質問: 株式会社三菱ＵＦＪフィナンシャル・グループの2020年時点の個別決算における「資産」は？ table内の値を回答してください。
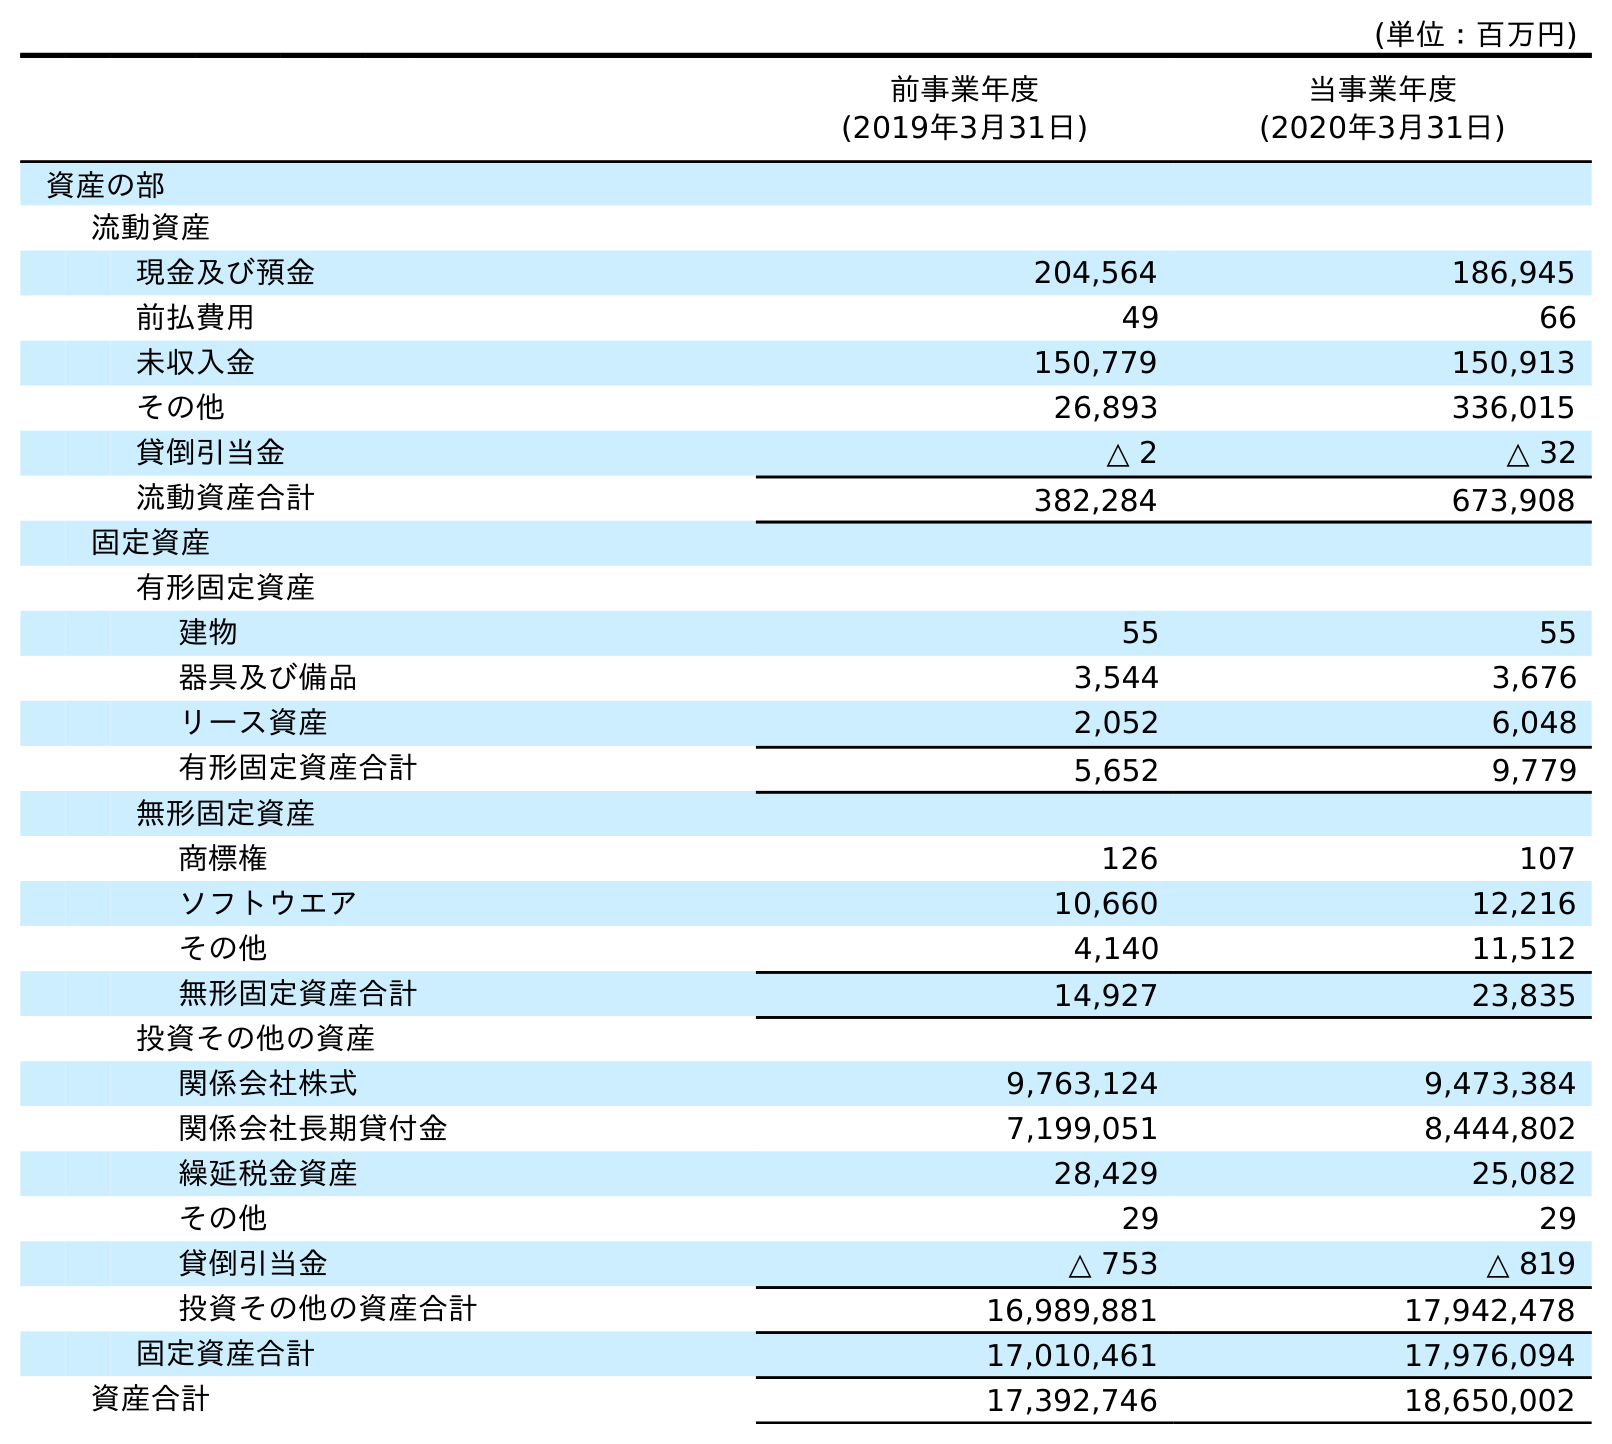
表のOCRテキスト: (単位：百万円) 前事業年度 (2019年3月31日) 当事業年度 (2020年3月31日) 資産の部 流動資産 現金及び預金 204,564 186,945 前払費用 49 66 未収入金 150,779 150,913 その他 26,893 336,015 貸倒引当金 △ 2 △ 32 流動資産合計 382,284 673,908 固定資産 有形固定資産 建物 55 55 器具及び備品 3,544 3,676 リース資産 2,052 6,048 有形固定資産合計 5,652 9,779 無形固定資産 商標権 126 107 ソフトウエア 10,660 12,216 その他 4,140 11,512 無形固定資産合計 14,927 23,835 投資その他の資産 関係会社株式 9,763,124 9,473,384 関係会社長期貸付金 7,199,051 8,444,802 繰延税金資産 28,429 25,082 その他 29 29 貸倒引当金 △ 753 △ 819 投資その他の資産合計 16,989,881 17,942,478 固定資産合計 17,010,461 17,976,094 資産合計 17,392,746 18,650,002
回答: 18,650,002